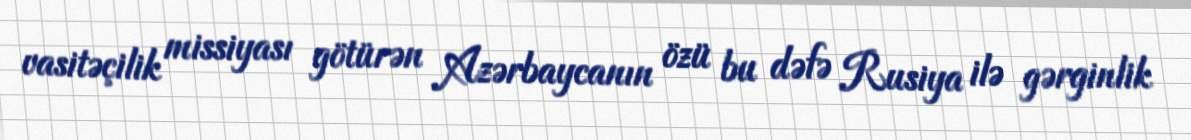
vasitəçilik missiyası götürən Azərbaycanın özü bu dəfə Rusiya ilə gərginlik